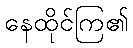
နေထိုင်ကြ၏